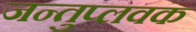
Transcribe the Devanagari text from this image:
जन्तुप्लवक